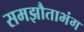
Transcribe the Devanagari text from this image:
समझौताभंग